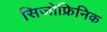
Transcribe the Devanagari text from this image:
सिजोफ्रिनिक